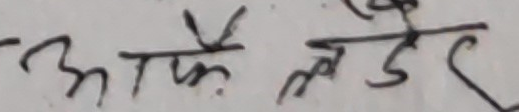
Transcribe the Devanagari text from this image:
अमै लोडर